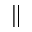
\|